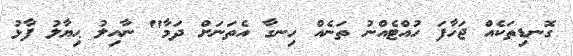
ގޮނޑިތަކެއް ޖަހާފަ ހުއްޓެއްނު ތަނެއް ހިނގާ އެތަނަށް ދަމާ" ނާއިލު ޙިޔާލު ފާޅު